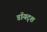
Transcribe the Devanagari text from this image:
डॉयट्श